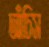
আঁচিস